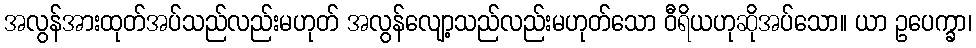
အလွန်အားထုတ်အပ်သည်လည်းမဟုတ် အလွန်လျော့သည်လည်းမဟုတ်သော ဝီရိယဟုဆိုအပ်သော။ ယာ ဥပေက္ခာ၊